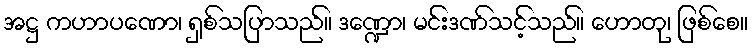
အဋ္ဌ ကဟာပဏော၊ ရှစ်သပြာသည်။ ဒဏ္ဍော၊ မင်းဒဏ်သင့်သည်။ ဟောတု၊ ဖြစ်စေ။